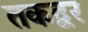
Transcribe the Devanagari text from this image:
तकद्वर